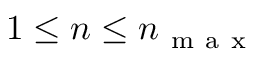
1 \leq n \leq n _ { \mathrm { ~ m ~ a ~ x ~ } }